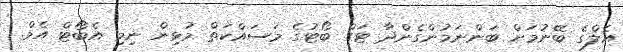
އެލްގެ ބޭނުމަށް ބަންނަމުންގެންދާ ޓަގް ބޯޓުގެ މަސައްކަތް މުޅިން ނިމި އެބޯޓް އެމް.